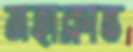
মহাক্লান্ত